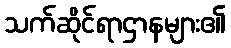
သက်ဆိုင်ရာဌာနများ၏